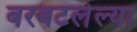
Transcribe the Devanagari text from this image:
बरबटलेल्या